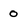
Character: 0